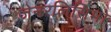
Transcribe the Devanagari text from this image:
जेनरलिसिमो